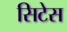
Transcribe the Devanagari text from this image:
सिटेस